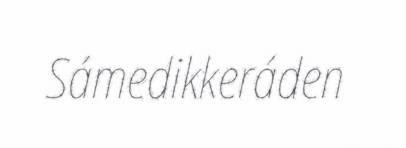
Sámedikkeráden